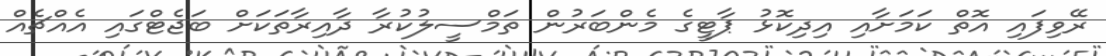
ރޭވިފައި އޮތް ކަމަށާއި އިދިކޮޅު ޕާޓީގެ މެންބަރުން ތަމްސީލުކުރާ ދާއިރާތަކަށް ބަޖެޓްގައި އެއްޗެއް